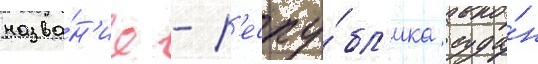
назва́н'ие - р'еспу́бл'ика суда́н